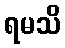
ရမသိ